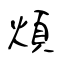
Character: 煩